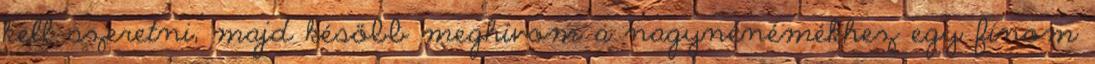
kell szeretni, majd később meghívom a nagynénémékhez egy finom